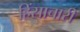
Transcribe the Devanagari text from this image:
हिंसाचारी